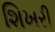
શિખરી